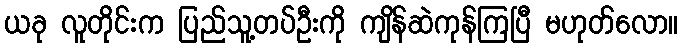
ယခု လူတိုင်းက ပြည်သူ့တပ်ဦးကို ကျိန်ဆဲကုန်ကြပြီ မဟုတ်လော။